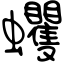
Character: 蠼